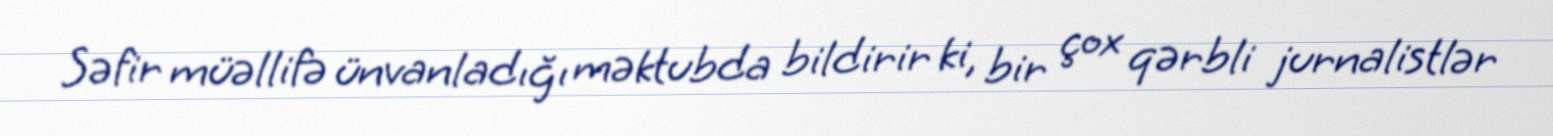
Səfir müəllifə ünvanladığı məktubda bildirir ki, bir çox qərbli jurnalistlər